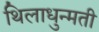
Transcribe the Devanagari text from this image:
थिलाधुन्मती